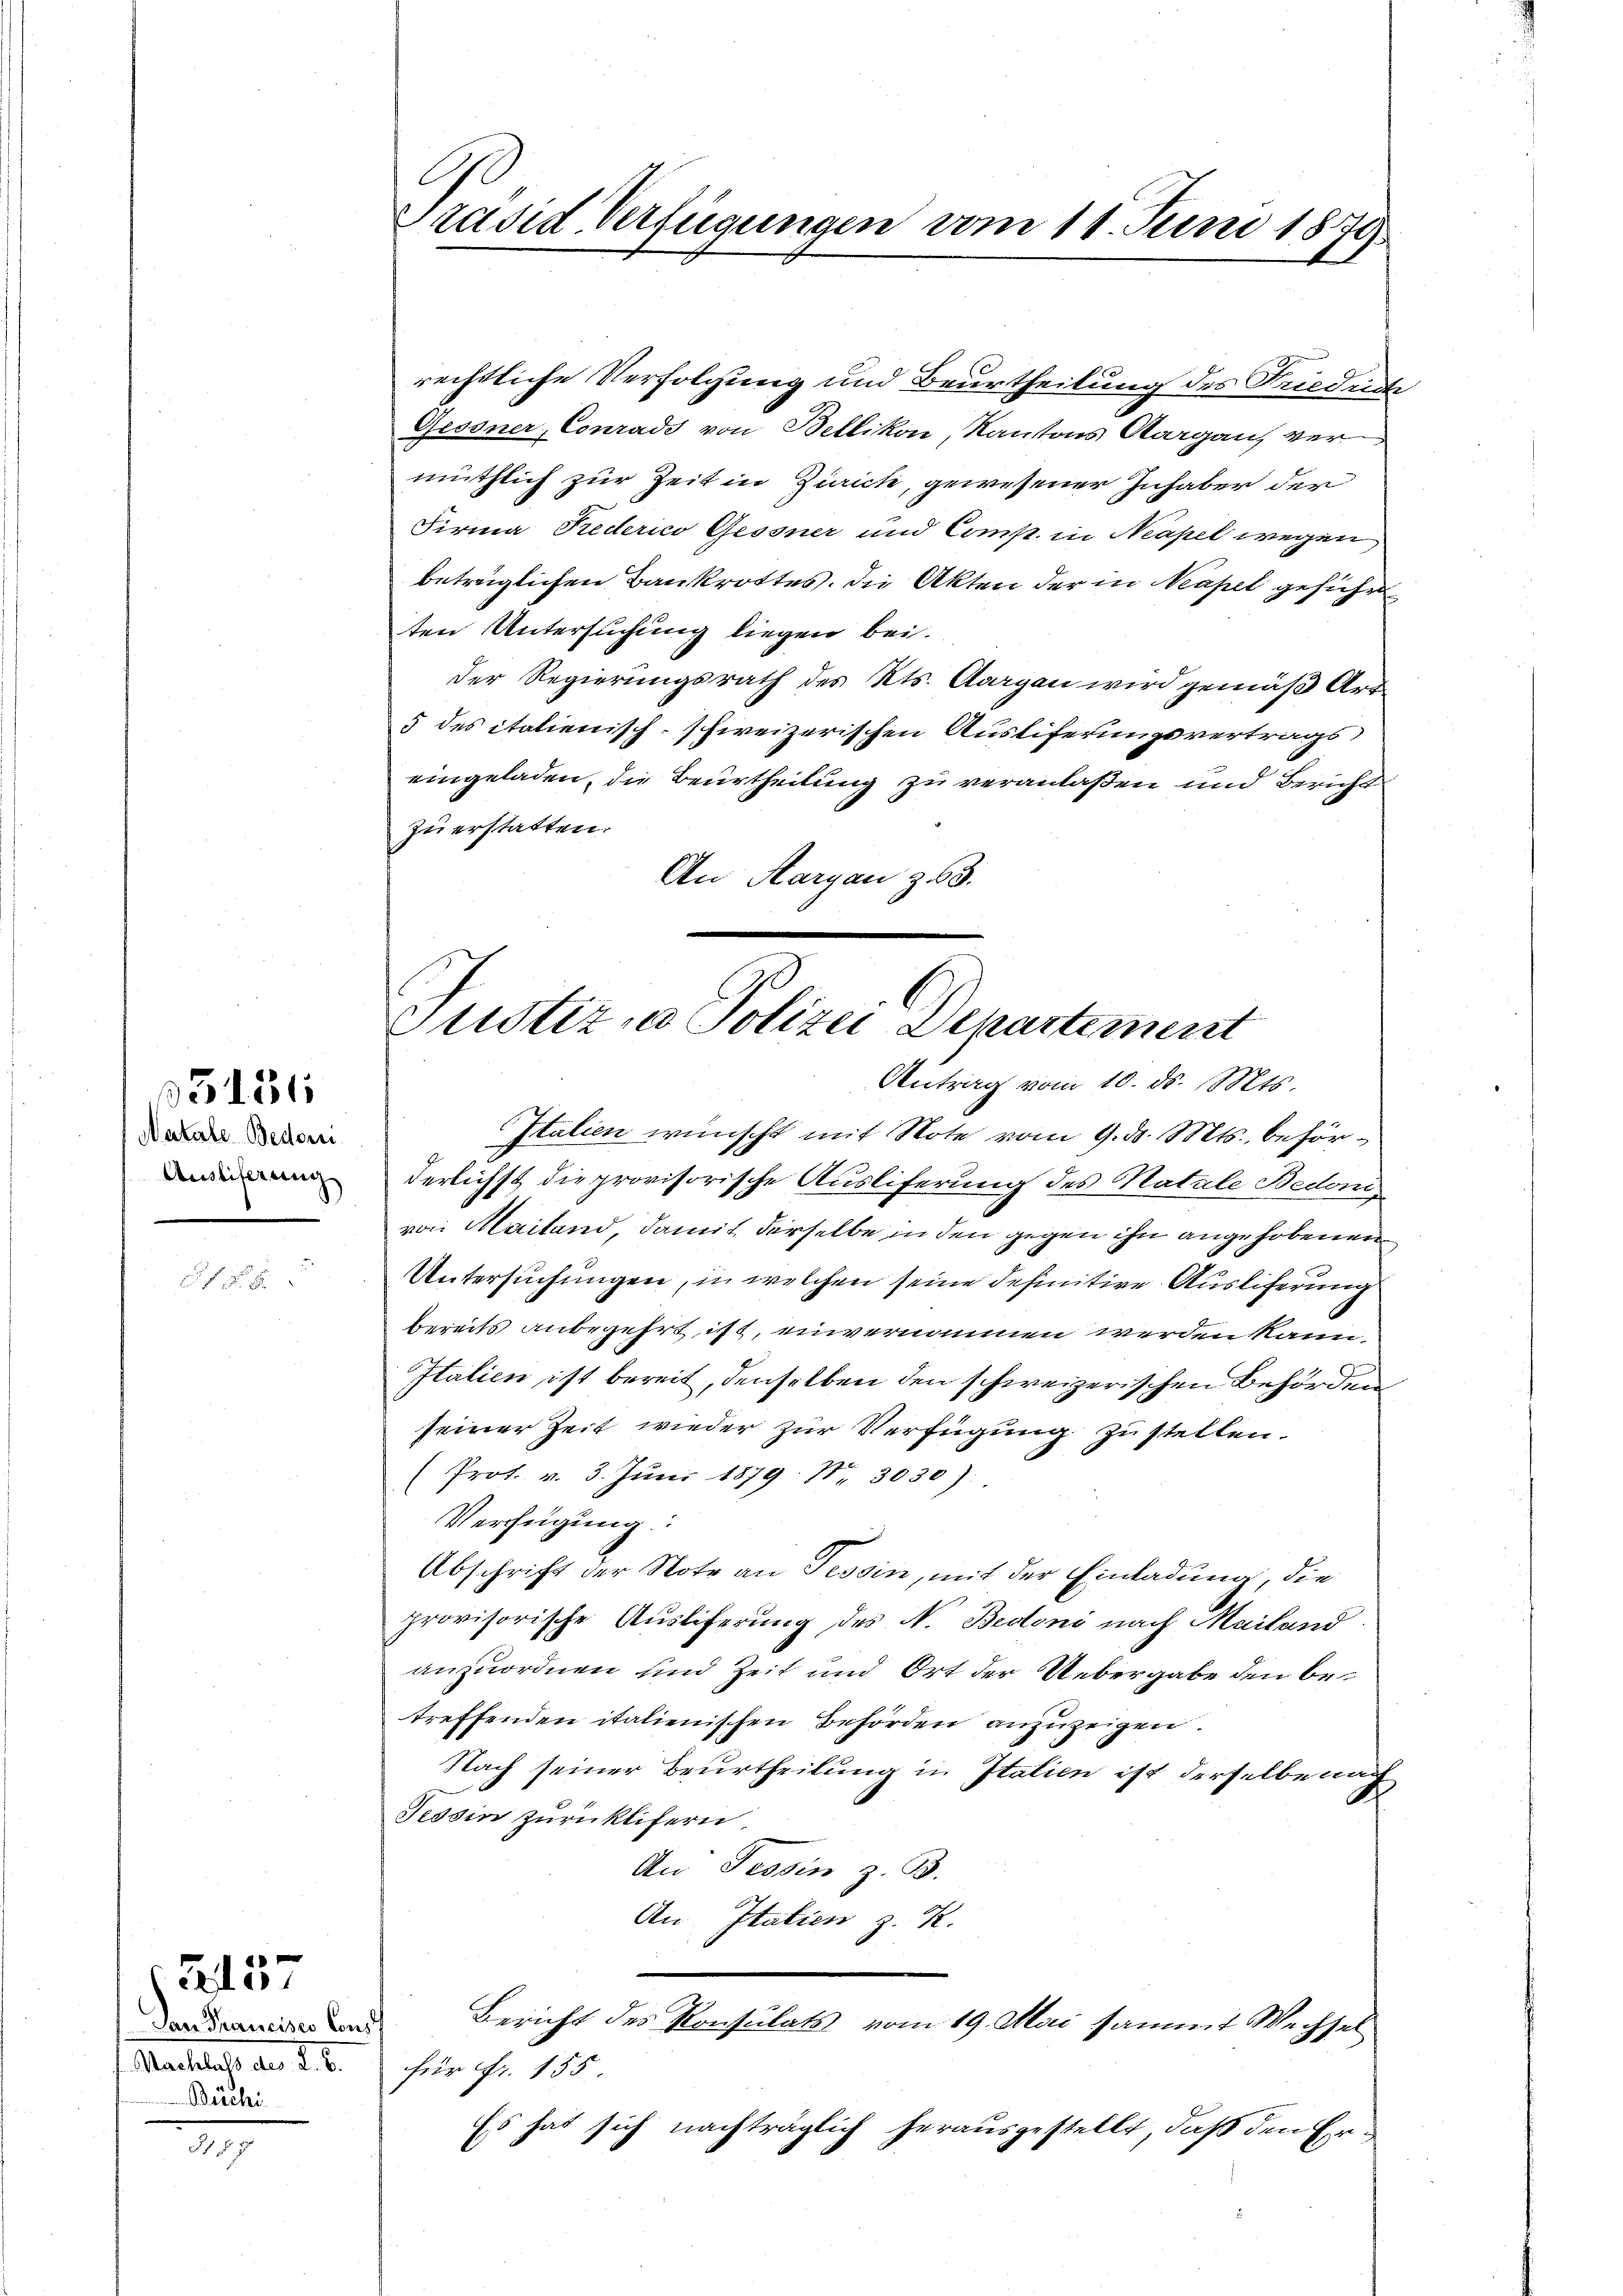
Natale Beden.
Ausliferung

35134

Dan Francisco Cons
Büchi

B. 1. 57

.
Präsid Verfügungen vom 11. Juni 1879

rechtliche Verfolgung und Beurtheilung des Friedente
Gessner, Conradi von Bellikon, Kantons Aargau, ver
muthlich zur Zeit in Ziaick, gewesener Inhaber der
Firma Prederico Gessner und Comp. in Neapel wegen
beträglichen Bankrottes. Die Akten der in Neapel geführ
ten Untersuchung liegen bei.
der Regierungsrath des Kts. Aargau wird gemäß Art
5 des italienisch-schweizerischen Austiferungsvertrags
eingeladen, die Beurtheilung zu veranlaßen und Bericht
zu erstatten.
An Aargau z53.

Justiz, u. Polizei Departement
Antrag vom 10. ds. Mts.
Italien wünscht mit Note vom 9. d. Mts., beför¬

derlichst die provisorische Ausliferung des Natale Bede
von Maitand damit derselbe in den gegen ihn angehobenen
Untersuchungen, in welchen seine definitive Ausliferung
bereits anbegehrt ist, einvernommen werden kann.
Italien ist bereit, denselben den schweizerischen Behörden
seiner Zeit wieder zur Verfügung zu stellen.
(Prot. v. 3. Jŭni 1879. II 3030):
Verfügung:
Abschrift der Note an Tessin, mit der Einladung, die
provisorische Ausliferung des N. Bedoni nach Mailand
anzuordnen und Zeit und Ort der Uebergabe den betreffenden italienischen Behörden anzuzeigen.
Nach seiner Beurtheilung in Italien ist derselbe nach
Tessin zurücklifern
An Tessin z. B.
An Italien z. R.
Bericht des Konsulats vom 19. Mai sammt Wechsel
Machtes, der §. 5. für ihr 185
Es hat sich nachträglich herausgestellt, daß den Er¬
.